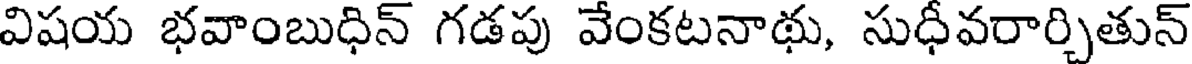
విషయ భవాంబుధిన్ గడపు వేంకటనాథు, సుధీవరార్చితున్